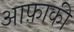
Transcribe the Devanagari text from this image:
आफ़ाकी